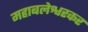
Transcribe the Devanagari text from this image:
महाबलेश्वरकर